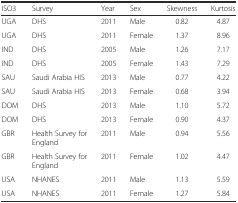
<table><thead><tr><td><b>ISO3</b></td><td><b>Survey</b></td><td><b>Year</b></td><td><b>Sex</b></td><td><b>Skewness</b></td><td><b>Kurtosis</b></td></tr></thead><tbody><tr><td>UGA</td><td>DHS</td><td>2011</td><td>Male</td><td>0.82</td><td>4.87</td></tr><tr><td>UGA</td><td>DHS</td><td>2011</td><td>Female</td><td>1.37</td><td>8.96</td></tr><tr><td>IND</td><td>DHS</td><td>2005</td><td>Male</td><td>1.26</td><td>7.17</td></tr><tr><td>IND</td><td>DHS</td><td>2005</td><td>Female</td><td>1.43</td><td>7.29</td></tr><tr><td>SAU</td><td>Saudi Arabia HIS</td><td>2013</td><td>Male</td><td>0.77</td><td>4.22</td></tr><tr><td>SAU</td><td>Saudi Arabia HIS</td><td>2013</td><td>Female</td><td>0.68</td><td>3.94</td></tr><tr><td>DOM</td><td>DHS</td><td>2013</td><td>Male</td><td>1.10</td><td>5.72</td></tr><tr><td>DOM</td><td>DHS</td><td>2013</td><td>Female</td><td>0.90</td><td>4.37</td></tr><tr><td>GBR</td><td>Health Survey for England</td><td>2011</td><td>Male</td><td>0.94</td><td>5.56</td></tr><tr><td>GBR</td><td>Health Survey for England</td><td>2011</td><td>Female</td><td>1.02</td><td>4.47</td></tr><tr><td>USA</td><td>NHANES</td><td>2011</td><td>Male</td><td>1.13</td><td>5.59</td></tr><tr><td>USA</td><td>NHANES</td><td>2011</td><td>Female</td><td>1.27</td><td>5.84</td></tr></tbody></table>